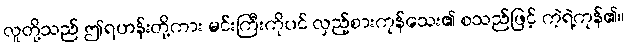
လူတို့သည် ဤရဟန်းတို့ကား မင်းကြီးကိုပင် လှည့်စားကုန်သေး၏ စသည်ဖြင့် ကဲ့ရဲ့ကုန်၏။